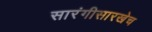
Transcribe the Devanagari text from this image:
सारंगीसारखेच